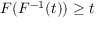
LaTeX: F ( F ^ { - 1 } ( t ) ) \geq t